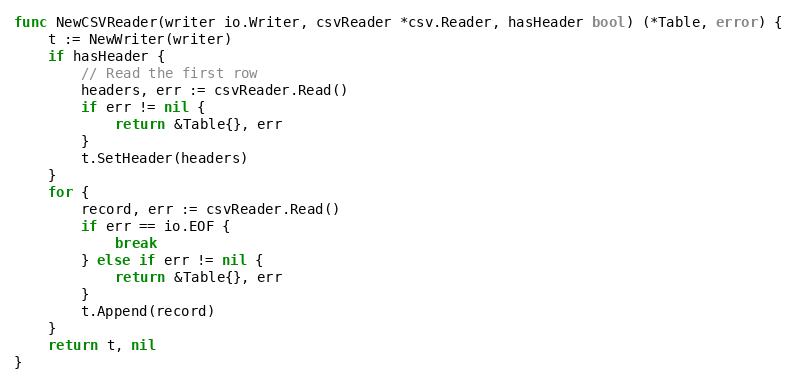
Language: Go
func NewCSVReader(writer io.Writer, csvReader *csv.Reader, hasHeader bool) (*Table, error) {
	t := NewWriter(writer)
	if hasHeader {
		// Read the first row
		headers, err := csvReader.Read()
		if err != nil {
			return &Table{}, err
		}
		t.SetHeader(headers)
	}
	for {
		record, err := csvReader.Read()
		if err == io.EOF {
			break
		} else if err != nil {
			return &Table{}, err
		}
		t.Append(record)
	}
	return t, nil
}